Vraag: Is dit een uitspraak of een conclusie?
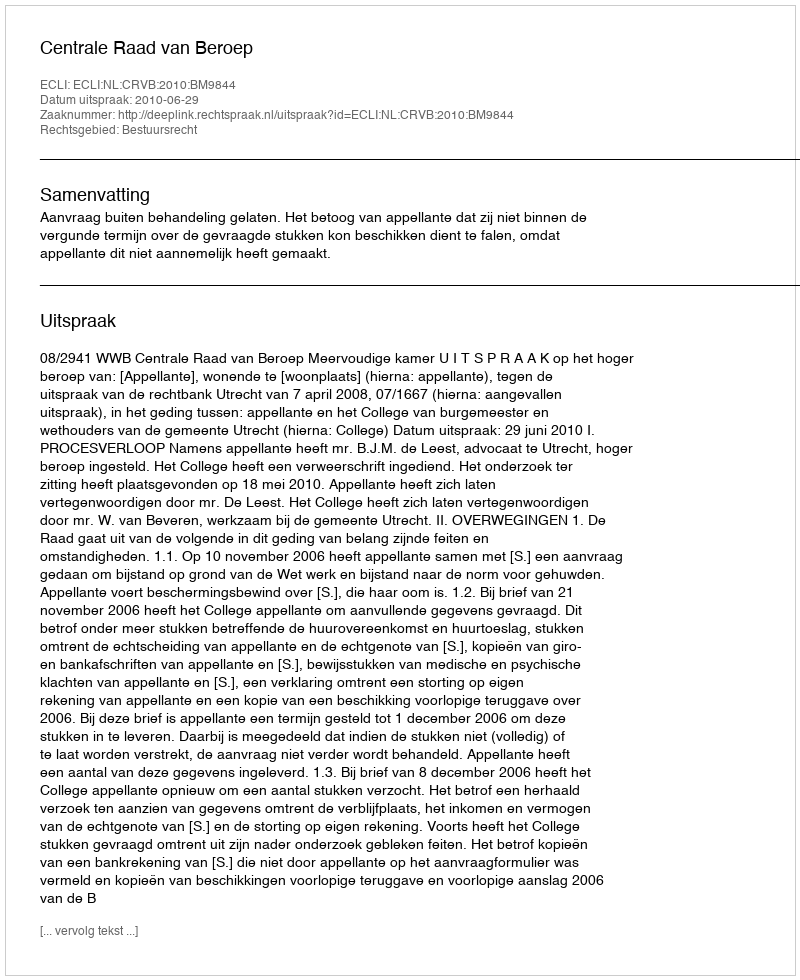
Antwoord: Uitspraak